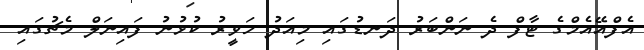
އެފްއޭއެމްގެ ޓާފް ދެ ނަންބަރު ދަނޑުގައި މިއަދު ހަވީރު ކުޅުނު ފައިނަލް މެޗުގައި